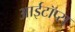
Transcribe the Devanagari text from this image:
आईटॉप्स